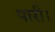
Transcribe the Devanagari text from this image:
पारी।